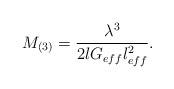
LaTeX: \begin{align*}M_{(3)}=\frac{\lambda ^{3}}{2lG_{eff}l_{eff}^{2}}.\end{align*}